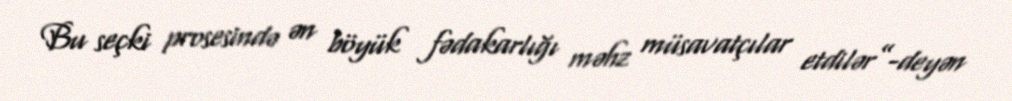
Bu seçki prosesində ən böyük fədakarlığı məhz müsavatçılar etdilər”-deyən